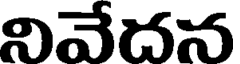
నివేదన